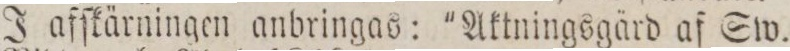
J afſkärningen anbringas: 'Aktningsgärd af Sw.